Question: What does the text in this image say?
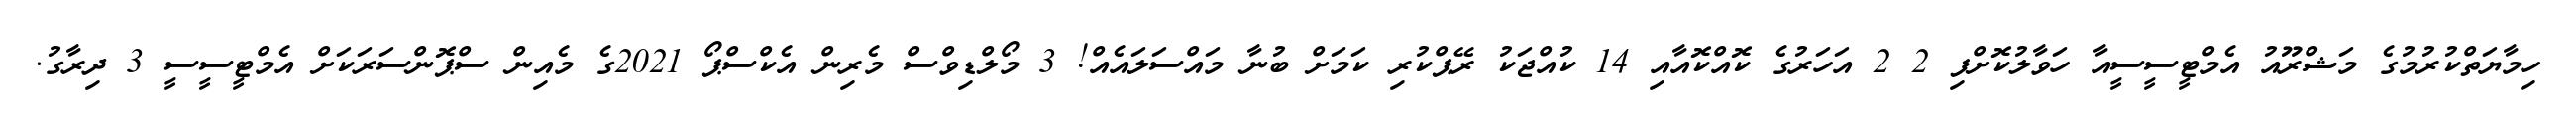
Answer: ހިމާޔަތްކުރުމުގެ މަޝްރޫއު އެމްޓީސީސީއާ ހަވާލުކޮށްފި 2 2 އަހަރުގެ ކޮއްކޮއާއި 14 ކުއްޖަކު ރޭޕްކުރި ކަމަށް ބުނާ މައްސަލައެއް! 3 މޯލްޑިވްސް މެރިން އެކްސްޕޯ 2021ގެ މެއިން ސްޕޮންސަރަކަށް އެމްޓީސީސީ 3 ދިރާގު.